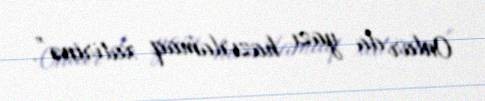
Onlar da yazı hazırlamaq xatirinə”.